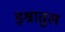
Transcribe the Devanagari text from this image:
इश्रातुल